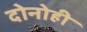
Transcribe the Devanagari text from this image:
दोनोही